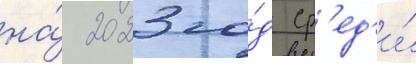
на́ 2023 го́д ср'ед'и́